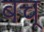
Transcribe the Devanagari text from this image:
बच्